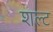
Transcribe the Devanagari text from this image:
शल्ट